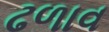
ઢળાવ